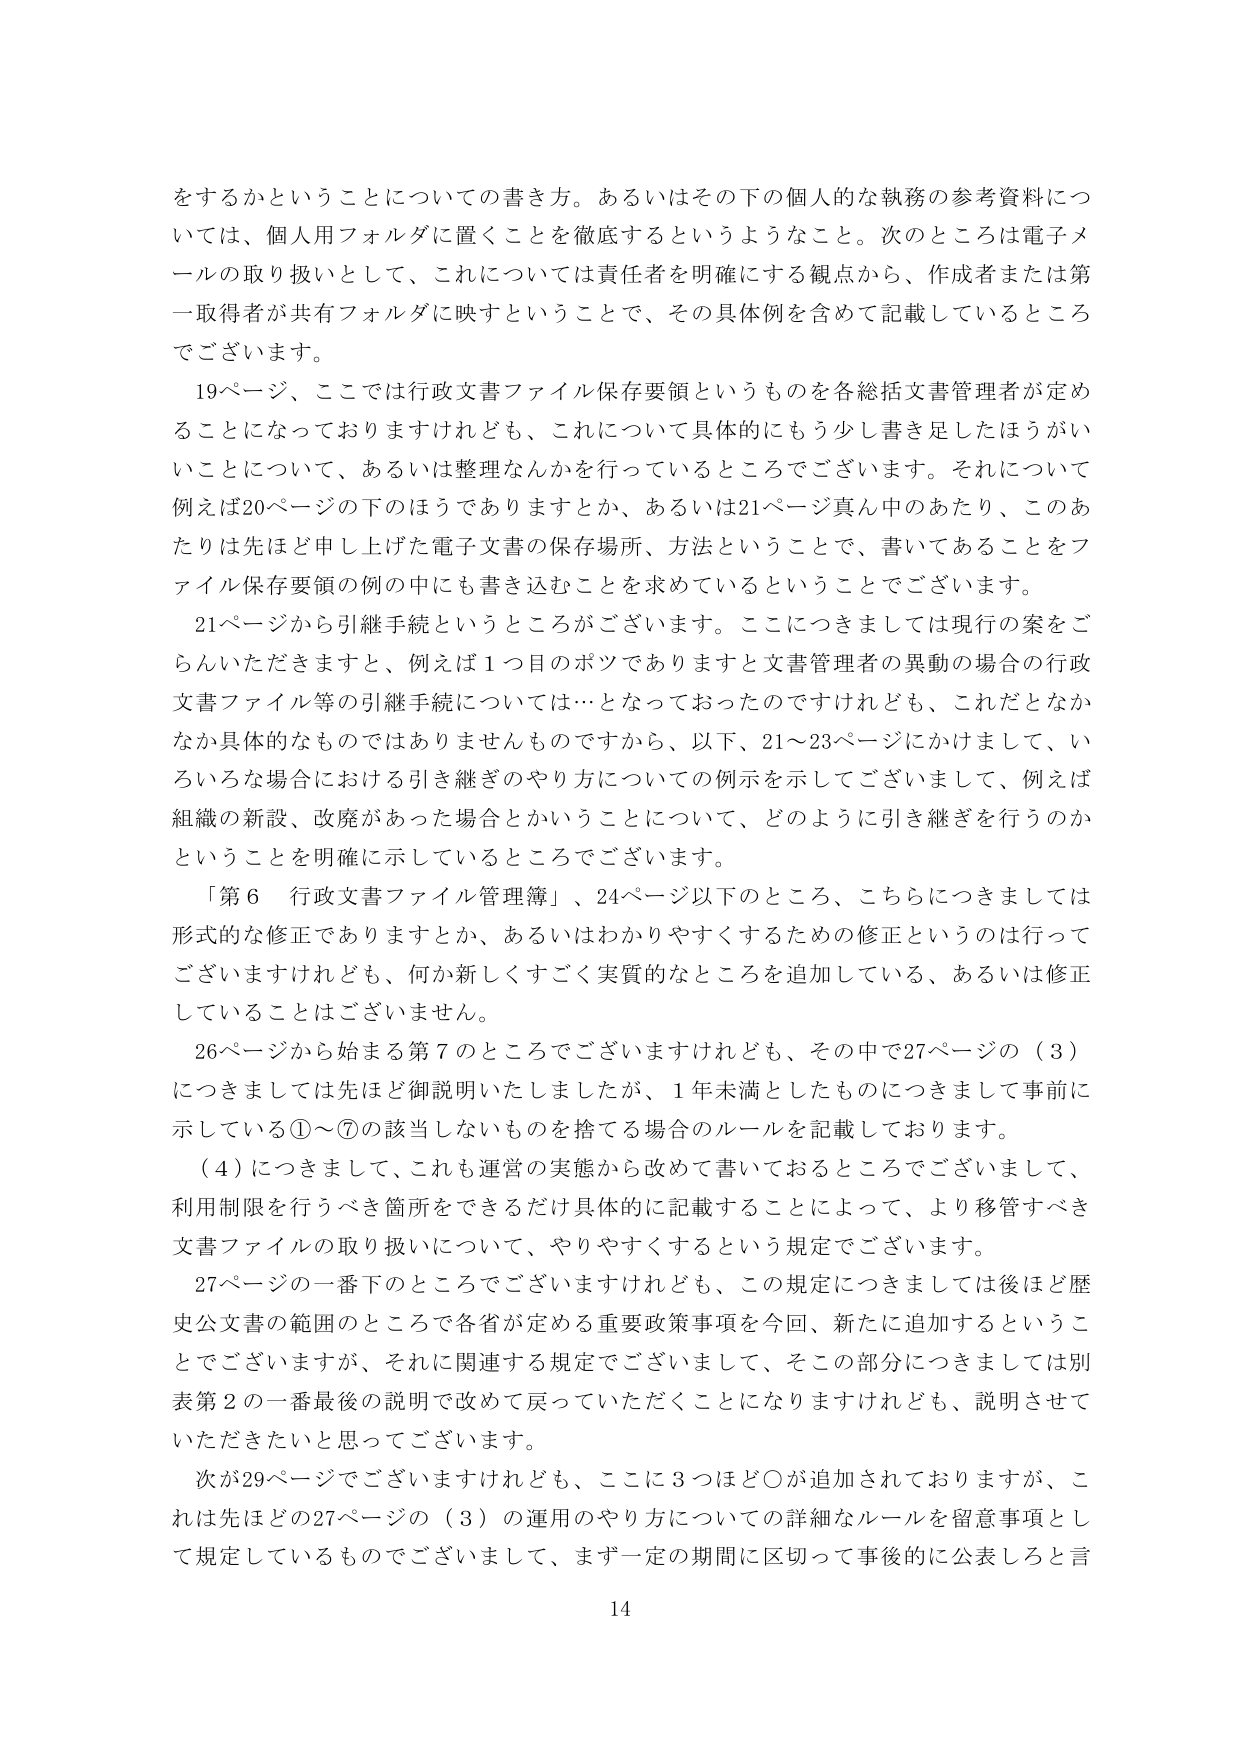
をするかということについての書き方。あるいはその下の個人的な執務の参考資料については、個人用フォルダに置くことを徹底するというようなこと。次のところは電子メールの取り扱いとして、これについては責任者を明確にする観点から、作成者または第一取得者が共有フォルダに映すということで、その具体例を含めて記載しているところでございます。

19ページ、ここでは行政文書ファイル保存要領というものを各総括文書管理者が定めることになっておりますけれども、これについて具体的にもう少し書き足したほうがいいことについて、あるいは整理なんかを行っているところでございます。それについて例えば20ページの下のほうでありますとか、あるいは21ページ真ん中のあたり、このあたりは先ほど申し上げた電子文書の保存場所、方法ということで、書いてあることをファイル保存要領の例の中にも書き込むことを求めているということでございます。

21ページから引継手続というところがございます。ここにつきましては現行の案をごらんいただきますと、例えば1つ目のボツでありますと文書管理者の異動の場合の行政文書ファイル等の引継手続については…となっておったのですけれども、これだとなかなか具体的なものではありませんものですから、以下、21～23ページにかけまして、いろいろな場合における引き継ぎのやり方についての例示を示してございまして、例えば組織の新設、改廃があった場合とかいうことについて、どのように引き継ぎを行うのかということを明確に示しているところでございます。

「第6 行政文書ファイル管理簿」、24ページ以下のところ、こちらにつきましては形式的な修正でありますとか、あるいはわかりやすくするための修正というのは行ってございますけれども、何か新しくすごく実質的なところを追加している、あるいは修正していることはございません。

26ページから始まる第7のところでございますけれども、その中で27ページの（3）につきましては先ほど御説明いたしましたが、1年未満としたものにつきまして事前に示している①～⑦の該当しないものを捨てる場合のルールを記載しております。

（4）につきまして、これも運営の実態から改めて書いておるところでございまして、利用制限を行うべき箇所をできるだけ具体的に記載することによって、より移管すべき文書ファイルの取り扱いについて、やりやすくするという規定でございます。

27ページの一番下のところでございますけれども、この規定につきましては後ほど歴史公文書の範囲のところで各省が定める重要政策事項を今回、新たに追加するということでございますが、それに関連する規定でございまして、そこの部分につきましては別表第2の一番最後の説明で改めて戻っていただくことになりますけれども、説明させていただきたいと思ってございます。

次が29ページでございますけれども、ここに3つほど〇が追加されておりますが、これは先ほど27ページの（3）の運用のやり方についての詳細なルールを留意事項として規定しているものでございまして、まず一定の期間に区切って事後的に公表しろと言

14